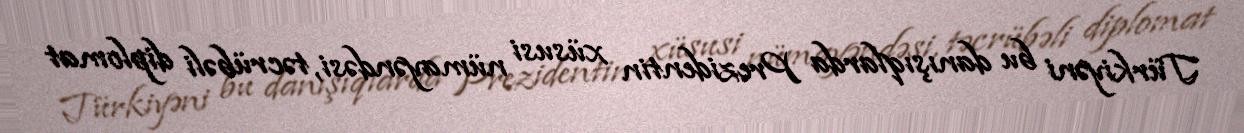
Türkiyəni bu danışıqlarda Prezidentin xüsusi nümayəndəsi, təcrübəli diplomat